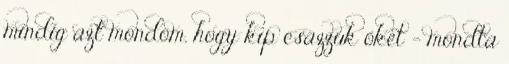
mindig azt mondom, hogy kip csázzuk őket – mondta